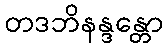
တဒဘိနန္ဒန္တော